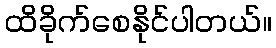
ထိခိုက်စေနိုင်ပါတယ်။